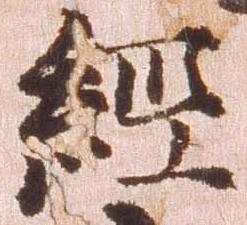
経